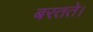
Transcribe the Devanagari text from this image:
बरतते।